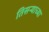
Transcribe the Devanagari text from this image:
तिसर्‍याच्या